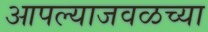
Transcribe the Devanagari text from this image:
आपल्याजवळच्या